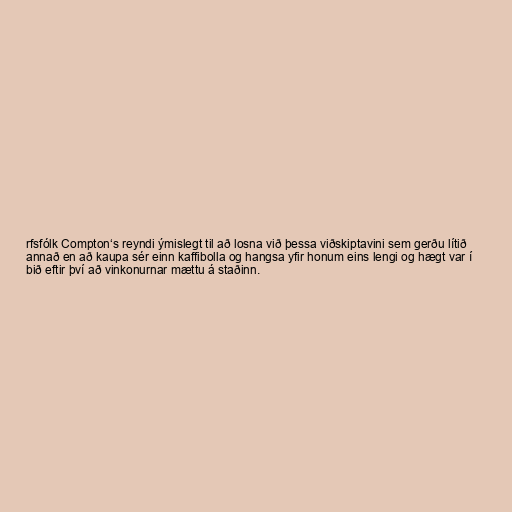
rfsfólk Compton‘s reyndi ýmislegt til að losna við þessa viðskiptavini sem gerðu lítið
annað en að kaupa sér einn kaffibolla og hangsa yfir honum eins lengi og hægt var í
bið eftir því að vinkonurnar mættu á staðinn.